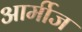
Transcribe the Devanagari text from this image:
आर्मीज